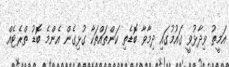
އަމީތު ވިދާޅުވީ ގައުމުގައި ދިމާވާ ބޮޑެތި ކަންތައްތަކާ ގުޅިގެން އެންމެ ބޮޑު ތްރެޓެއް